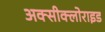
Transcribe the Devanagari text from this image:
अक्‍सीक्‍लोराइड